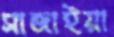
সাজাইয়া